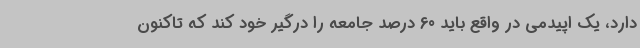
دارد، یک اپیدمی در واقع باید 60 درصد جامعه را درگیر خود کند که تاکنون